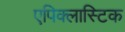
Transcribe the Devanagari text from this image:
एपिक्लास्टिक